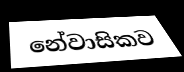
නේවාසිකව